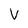
Character: V